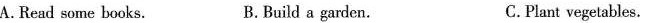
A. Read some books. B. Build a garden. C.Plant vegetables.